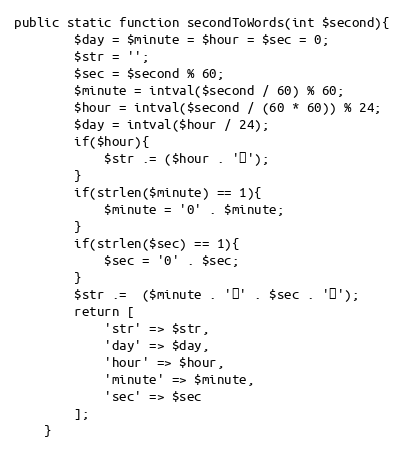
Language: PHP
public static function secondToWords(int $second){
        $day = $minute = $hour = $sec = 0;
        $str = '';
        $sec = $second % 60;
        $minute = intval($second / 60) % 60;
        $hour = intval($second / (60 * 60)) % 24;
        $day = intval($hour / 24);
        if($hour){
            $str .= ($hour . '时');
        }
        if(strlen($minute) == 1){
            $minute = '0' . $minute;
        }
        if(strlen($sec) == 1){
            $sec = '0' . $sec;
        }
        $str .=  ($minute . '分' . $sec . '秒');
        return [
            'str' => $str,
            'day' => $day,
            'hour' => $hour,
            'minute' => $minute,
            'sec' => $sec
        ];
    }